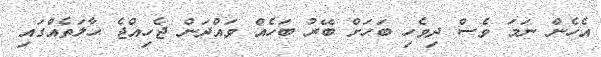
އެހެން ނަމަ ވެސް ދިވެހި ބަހަށް ބޭރު ބަހެއް ވައްދަން ޖެހިއްޖެ ޙާލަތެއްގައި